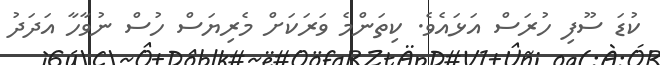
ކުޑަ ސޫފި ހުރަސް އަޅައެވެ. ކިތަންމެ ވަރަކަށް މެެރިޔަސް ހުސް ނުވާހާ އަދަދު